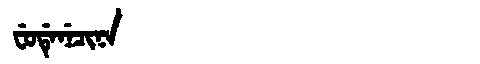
Manchu: ᠸᡠᡩᡝᠨᡝᠴᡳᠨᠠ
Romanization: FUDENECINA